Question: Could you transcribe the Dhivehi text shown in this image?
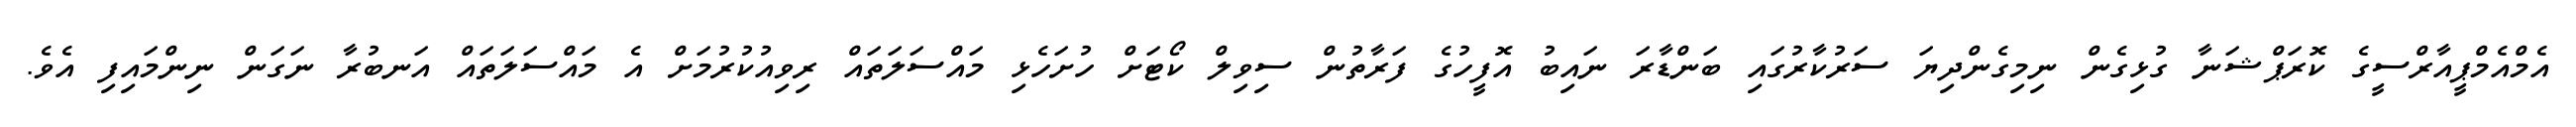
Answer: އެމްއެމްޕީއާރްސީގެ ކޮރަޕްޝަނާ ގުޅިގެން ނިމިގެންދިޔަ ސަރުކާރުގައި ބަންޑާރަ ނައިބު އޮފީހުގެ ފަރާތުން ސިވިލް ކޯޓަށް ހުށަހެޅި މައްސަލަތައް ރިވިއުކުރުމަށް އެ މައްސަލަތައް އަނބުރާ ނަގަން ނިންމައިފި އެވެ.